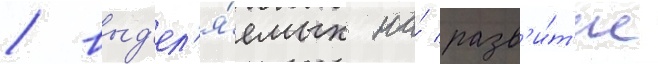
/ выд'ел'я́емых на́ разв'и́т'ие